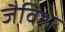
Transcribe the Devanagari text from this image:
जैविश